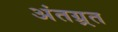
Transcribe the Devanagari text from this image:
अंतग्र्रत